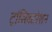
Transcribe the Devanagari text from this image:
ट्रांस्लिटरेशन